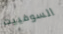
السوفييت